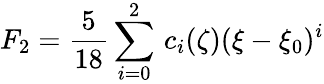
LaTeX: F_{2}=\frac{5}{18}\sum_{i=0}^{2}\, c_{i}(\zeta)(\xi-\xi_{0})^{i}